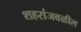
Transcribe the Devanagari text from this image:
शहरांजवळील